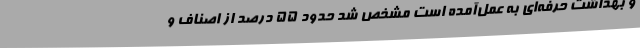
و بهداشت حرفه‌ای به‌ عمل‌آمده است مشخص شد حدود 55 درصد از اصناف و